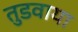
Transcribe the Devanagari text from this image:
तुडवाया